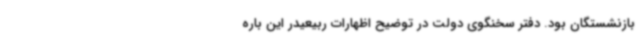
بازنشستگان بود. دفتر سخنگوی دولت در توضیح اظهارات ربیعیدر این باره